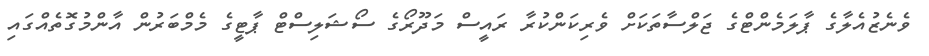
ވެނެޒުއެލާގެ ޕާލަމެންޓްގެ ޖަލްސާތަކަށް ވެރިކަންކުރާ ރައީސް މަދޫރޯގެ ސޯޝަލިސްޓް ޕާޓީގެ މެމްބަރުން އާންމުގޮތެއްގައި